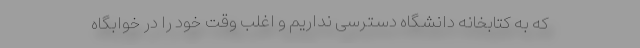
که به کتابخانه دانشگاه دسترسی نداریم و اغلب وقت خود را در خوابگاه